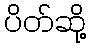
ပိတ်ဆို့